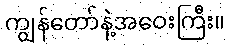
ကျွန်တော်နဲ့အဝေးကြီး။